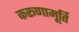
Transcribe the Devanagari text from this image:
करूणामूर्ति